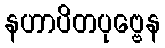
နဟာပိတပုဗ္ဗေန